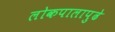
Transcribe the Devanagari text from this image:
लोकपालापुढे